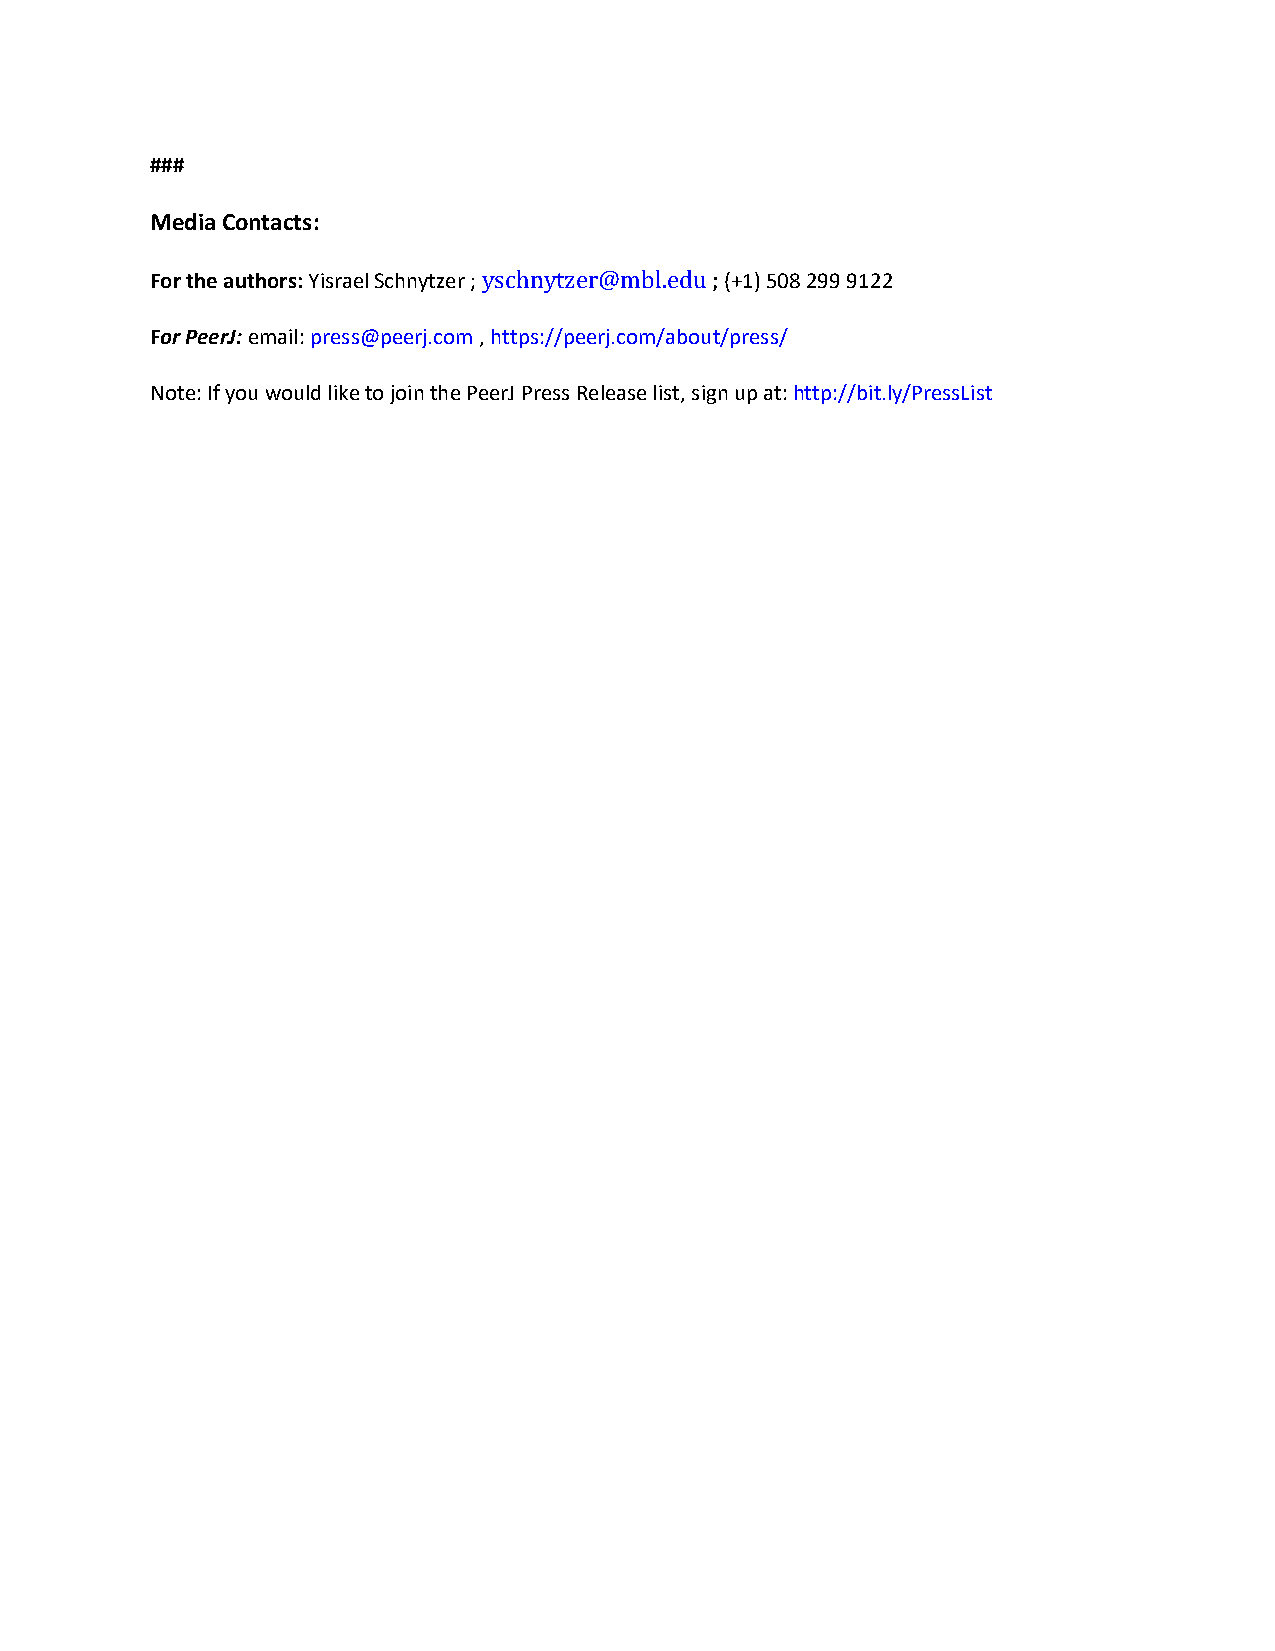
###
 Media Contacts:
 For the authors: Yisrael Schnytzer ; yschnytzer@mbl.edu ; (+1) 508 299 9122
 For PeerJ: email: press@peerj.com , https://peerj.com/about/press/
 Note: If you would like to join the PeerJ Press Release list, sign up at: http://bit.ly/PressList